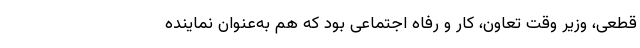
قطعی، وزیر وقت تعاون، کار و رفاه اجتماعی بود که هم به‌عنوان نماینده